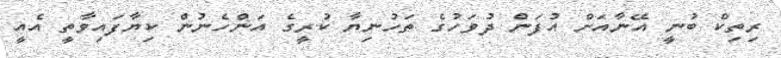
ރިތިކް ބުނީ އޭނާއަށް އުފަން ދުވަހުގެ ތަހުނިޔާ ކުރީގެ އަންހެނުން ކިޔާފައިވާތީ އެއީ